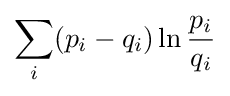
\sum _{i}(p_{i}-q_{i})\ln {\frac {p_{i}}{q_{i}}}